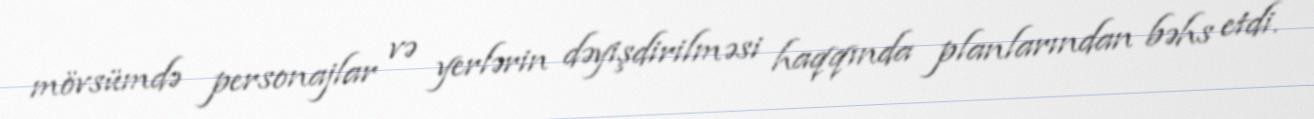
mövsümdə personajlar və yerlərin dəyişdirilməsi haqqında planlarından bəhs etdi.